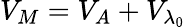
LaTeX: V_{M}={{V}_{{A}}}+{{V}_{{{\lambda}_{0}}}}